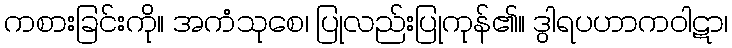
ကစားခြင်းကို။ အကံသုစေ၊ ပြုလည်းပြုကုန်၏။ ဒွါရပဟာကဝါဋာ၊